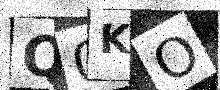
Text: Q0KO